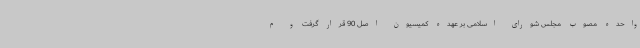
واحده مصوب مجلس شورای اسلامی بر عهده کمیسیون اصل 90 قرار گرفت و م